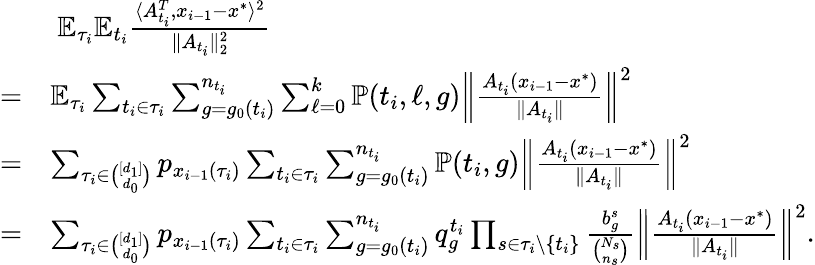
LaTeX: \begin{array}{rl}&{~\mathbb{E}_{\tau_{i}}\mathbb{E}_{t_{i}}\frac{\langle A_{t_{i}}^{T},x_{i-1}-x^{*}\rangle^{2}}{\| A_{t_{i}}\| _{2}^{2}}}\\ {=}&{\mathbb{E}_{\tau_{i}}\sum_{t_{i}\in\tau_{i}}\sum_{g=g_{0}(t_{i})}^{n_{t_{i}}}\sum_{\ell=0}^{k}\mathbb{P}(t_{i},\ell,g)\left\| \frac{A_{t_{i}}(x_{i-1}-x^{*})}{\| A_{t_{i}}\| }\right\| ^{2}}\\ {=}&{\sum_{\tau_{i}\in\binom{[d_{1}]}{d_{0}}}p_{x_{i-1}(\tau_{i})}\sum_{t_{i}\in\tau_{i}}\sum_{g=g_{0}(t_{i})}^{n_{t_{i}}}\mathbb{P}(t_{i},g)\left\| \frac{A_{t_{i}}(x_{i-1}-x^{*})}{\| A_{t_{i}}\| }\right\| ^{2}}\\ {=}&{\sum_{\tau_{i}\in\binom{[d_{1}]}{d_{0}}}p_{x_{i-1}(\tau_{i})}\sum_{t_{i}\in\tau_{i}}\sum_{g=g_{0}(t_{i})}^{n_{t_{i}}}q_{g}^{t_{i}}\prod_{s\in\tau_{i}\setminus\{ t_{i}\} }\frac{b_{g}^{s}}{\binom{N_{s}}{n_{s}}}\left\| \frac{A_{t_{i}}(x_{i-1}-x^{*})}{\| A_{t_{i}}\| }\right\| ^{2}.}\end{array}